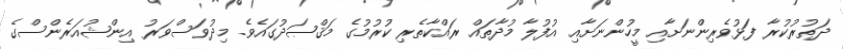
ދަތުރުކުރާ ފަޅުވެރިންނަށާއި މީހުންނަށާއި އުފުލާ މުދާތައް ރައްކާތެރި ކުރުމުގެ މަޤްޞަދުގައެވެ. މިދުވަސްވަރު އިންޝުއަރެންސްގެ